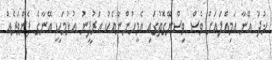
ޚުދު އޭނާ އަމިއްލައަށް ވެސް ވިސްނޭގޮތުގައި އެމީހުންނާއެކު އަރުފީނު އުޅުމަކީ އޭނާގެ ފެންވަރެއް